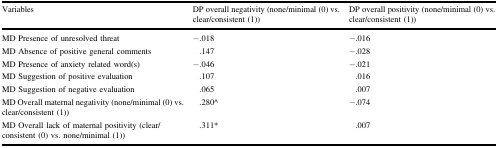
<table><thead><tr><td><b>Variables</b></td><td><b>DP overall negativity (none/minimal (0) vs. clear/consistent (1))</b></td><td><b>DP overall positivity (none/minimal (0) vs. clear/consistent (1))</b></td></tr></thead><tbody><tr><td>MD Presence of unresolved threat</td><td>−.018</td><td>−.016</td></tr><tr><td>MD Absence of positive general comments</td><td>.147</td><td>−.028</td></tr><tr><td>MD Presence of anxiety related word(s)</td><td>−.046</td><td>−.021</td></tr><tr><td>MD Suggestion of positive evaluation</td><td>.107</td><td>.016</td></tr><tr><td>MD Suggestion of negative evaluation</td><td>.065</td><td>.007</td></tr><tr><td>MD Overall maternal negativity (none/minimal (0) vs. clear/consistent (1))</td><td>.280^</td><td>−.074</td></tr><tr><td>MD Overall lack of maternal positivity (clear/consistent (0) vs. none/minimal (1))</td><td>.311*</td><td>.007</td></tr></tbody></table>